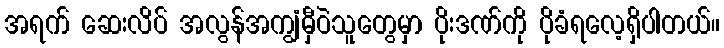
အရက် ဆေးလိပ် အလွန်အကျွံမှီဝဲသူတွေမှာ ပိုးဒဏ်ကို ပိုခံရလေ့ရှိပါတယ်။